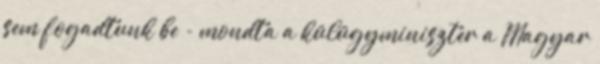
sem fogadtunk be - mondta a külügyminiszter a Magyar